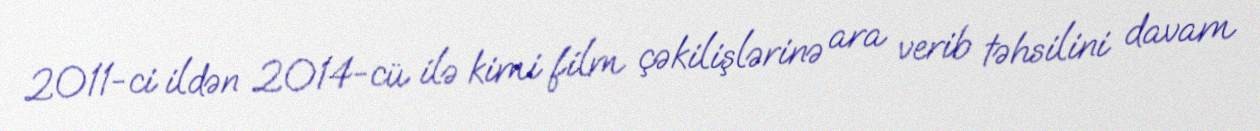
2011-ci ildən 2014-cü ilə kimi film çəkilişlərinə ara verib təhsilini davam